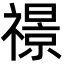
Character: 𮂙